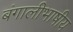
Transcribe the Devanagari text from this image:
बंगालीभाषीय